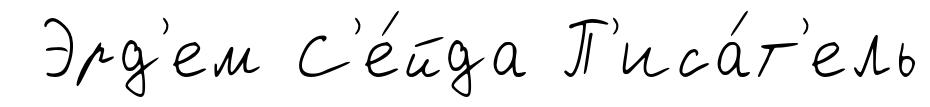
Эрд'ем С'е́йда П'иса́т'ель